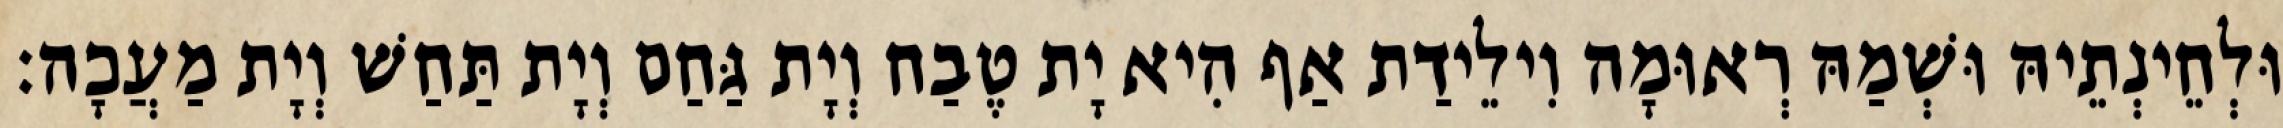
וּלְחֵינְתֵיהּ וּשְׁמַהּ רְאוּמָה וִילֵידַת אַף הִיא יָת טֶבַח וְיָת גַּחַם וְיָת תַּחַשׁ וְיָת מַעֲכָה׃